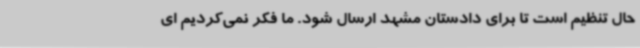
حال تنظیم است تا برای دادستان مشهد ارسال شود. ما فکر نمی‌کردیم ای